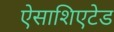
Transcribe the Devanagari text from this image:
ऐसाशिएटेड